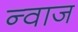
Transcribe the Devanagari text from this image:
न्वाज